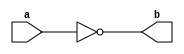
module test (input a, output b);
assign b = ~a;
endmodule